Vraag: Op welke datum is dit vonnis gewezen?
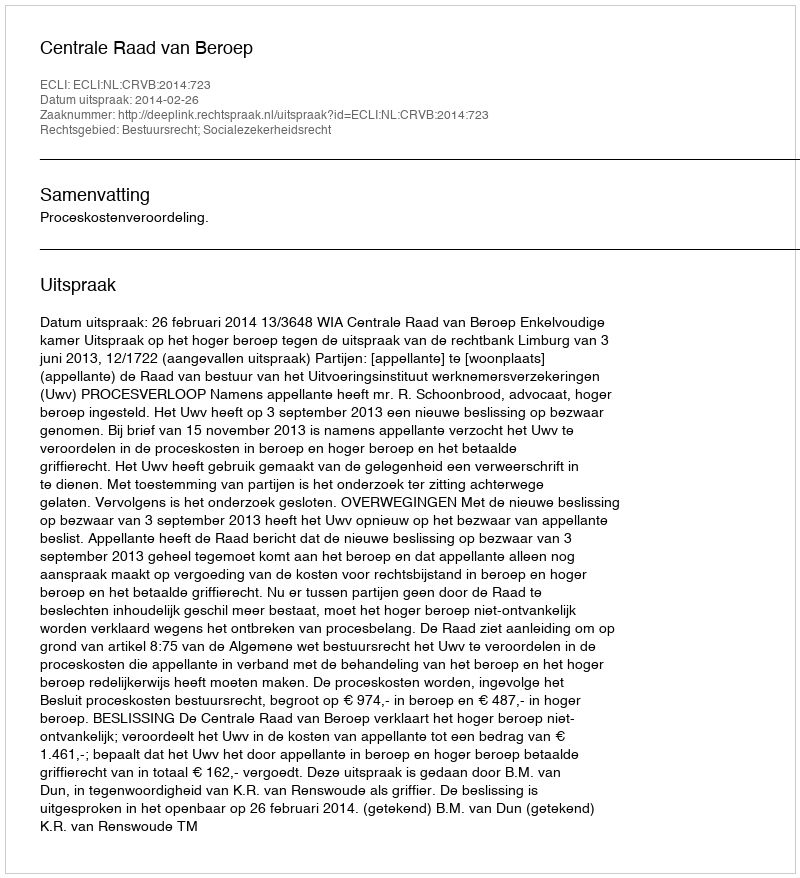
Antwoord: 2014-02-26